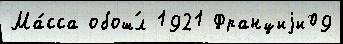
Ма́сса обош́л 1921 Франциjи09